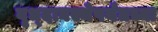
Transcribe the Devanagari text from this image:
वृध्दावस्थेपर्यंतच्या